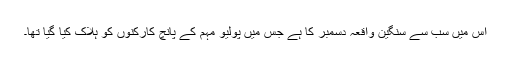
اس میں سب سے سنگین واقعہ دسمبر کا ہے جس میں پولیو مہم کے پانچ کارکنوں کو ہلاک کیا گیا تھا۔